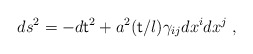
\begin{align*}ds^2=-d{\sf t}^2+a^2({\sf t}/l)\gamma_{ij}dx^idx^j\;,\end{align*}